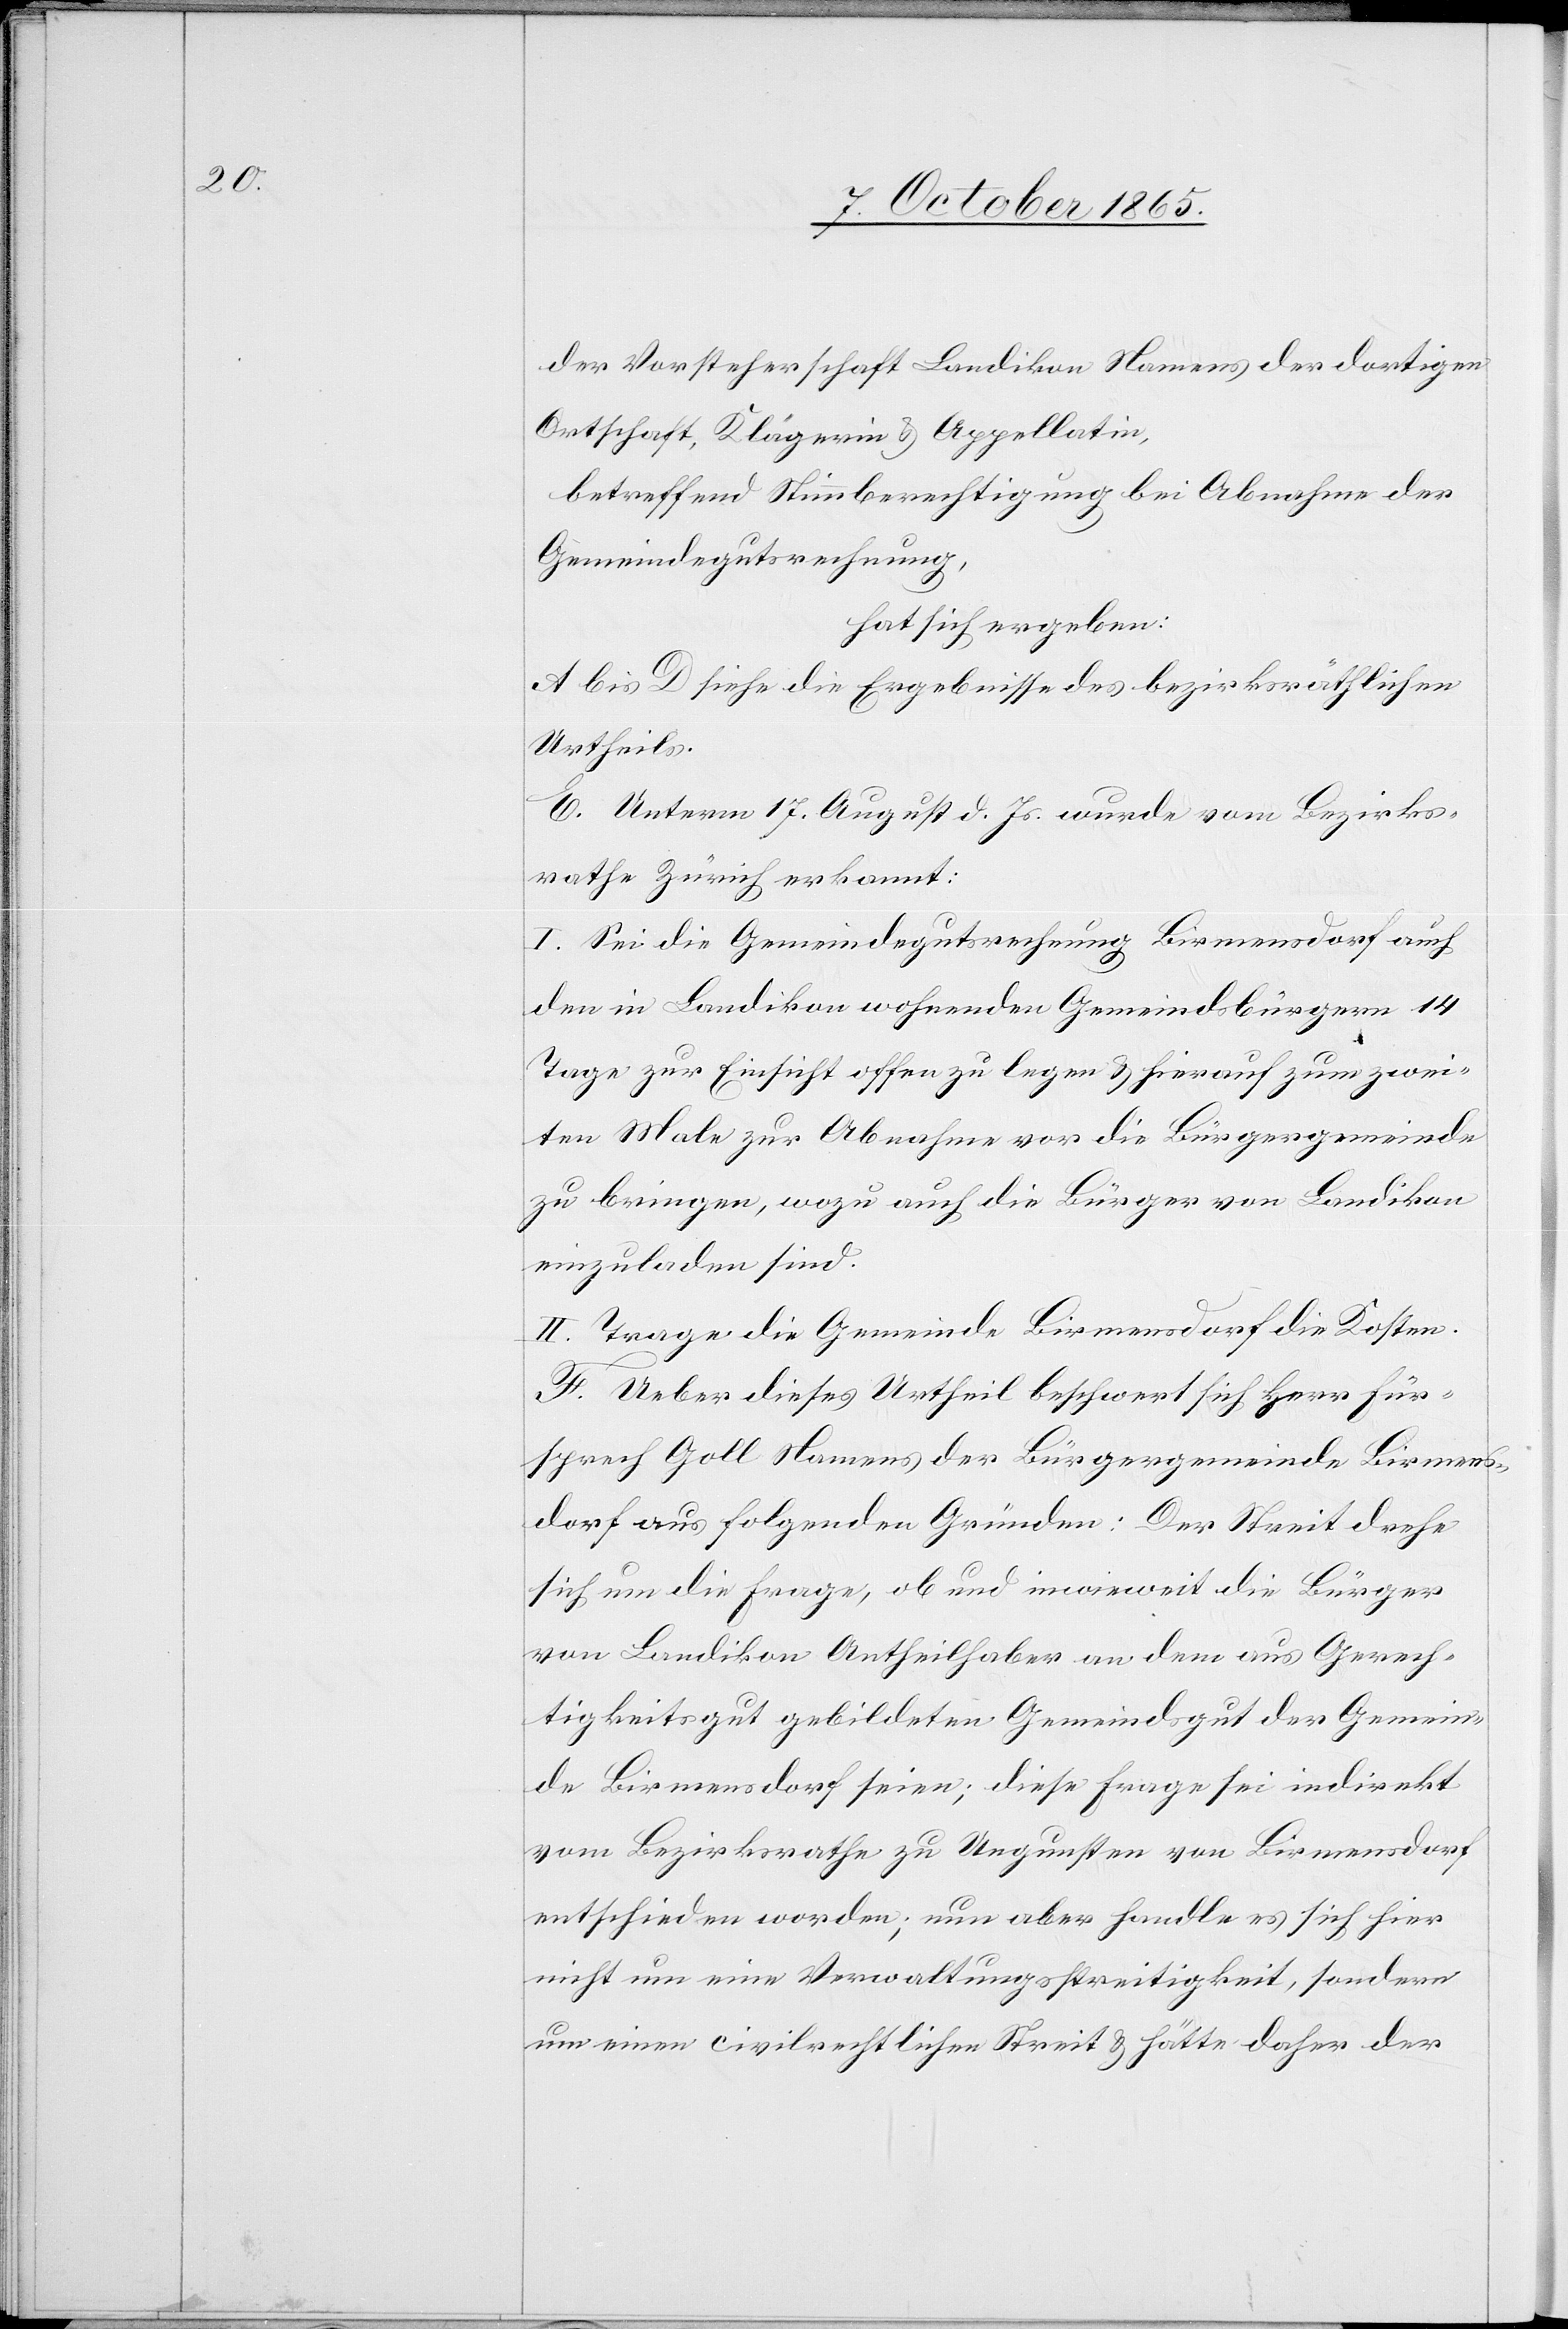
der Vorsteherschaft Landikon Namens der dortigen
Ortschaft, Klägerin & Appellatin,
betreffend Stimmberechtigung bei Abnahme der
Gemeindegutsrechnung,
hat sich ergeben:
A bis D siehe die Ergebnisse des bezirksräthlichen
Urtheils.
E. Unterm 17. August d. Js. wurde vom Bezirks¬
rathe Zürich erkannt:
I. Sei die Gemeindegutsrechnung Birmensdorf auch
den in Landikon wohnenden Gemeindsbürgern 14
Tage zur Einsicht offen zu legen & hierauf zum zwei¬
ten Male zur Abnahme vor die Bürgergemeinde
zu bringen, wozu auch die Bürger von Landikon
einzuladen sind.
II. Trage die Gemeinde Birmensdorf die Kosten.
F. Ueber dieses Urtheil beschwert sich Herr Für¬
sprech Goll Namens der Bürgergemeinde Birmens¬
dorf aus folgenden Gründen: Der Streit drehe
sich um die Frage, ob und inwieweit die Bürger
von Landikon Antheilhaber an dem aus Gerech¬
tigkeitsgut gebildeten Gemeindsgut der Gemein¬
de Birmensdorf seien; diese Frage sei indirekt
vom Bezirksrathe zu Ungunsten von Birmensdorf
entschieden worden; nun aber handle es sich hier
nicht um eine Verwaltungsstreitigkeit, sondern
um einen civilrechtlichen Streit & hätte daher der